Cholera in southern India
Disease focus: Cholera
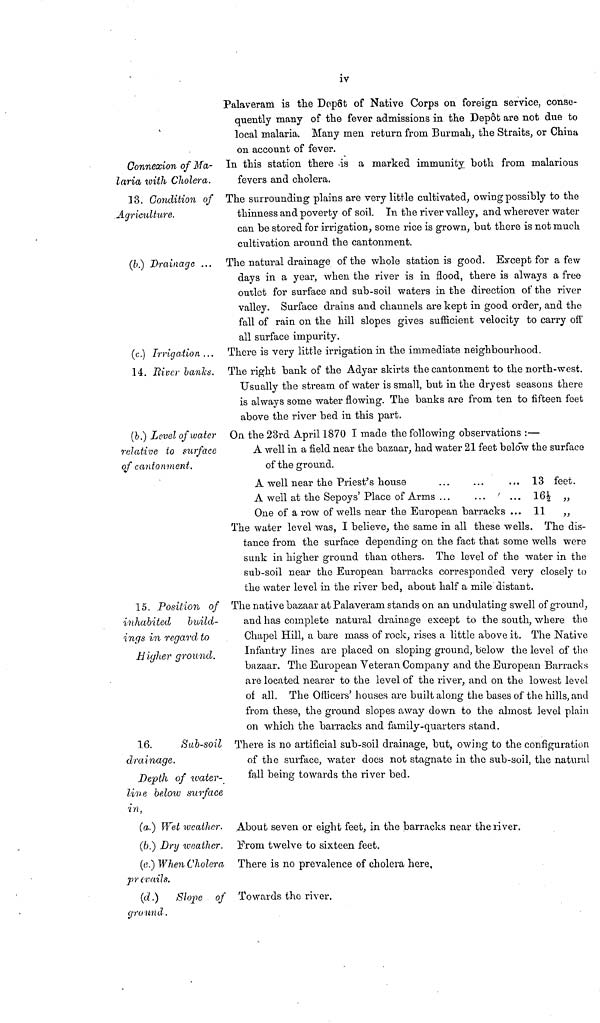
iv
Connexion of Ma-
laria with Cholera.
13. Condition of
Agriculture.
Palaveram is the Depot of Native Corps on foreign service, conse-
quently many of the fever admissions in the Depot are not due to
local malaria. Many men return from Burmah, the Straits, or China
on account of fever.
In this station there is a marked immunity both from malarious
fevers and cholera.
The surrounding plains are very little cultivated, owing possibly to the
thinness and poverty of soil. In the river valley, and wherever water
can be stored for irrigation, some rice is grown, but there is not much
cultivation around the cantonment.
(b.) Drainage ... The natural drainage of the whole station is good. Except for a few
days in a year, when the river is in flood, there is always a free
outlet for surface and sub-soil waters in the direction of the river
valley. Surface drains and channels are kept in good order, and the
fall of rain on the hill slopes gives sufficient velocity to carry off
all surface impurity.
(c.) Irrigation ... There is very little irrigation in the immediate neighbourhood.
14. River banks. The right bank of the Adyar skirts the cantonment to the north-west.
Usually the stream of water is small, but in the dryest seasons there
is always some water flowing. The banks are from ten to fifteen feet
above the river bed in this part.
(b.) Level of water
relative to surface
of cantonment.
On the 23rd April 1870 I made the following observations :—
A well in a field near the bazaar, had water 21 feet below the surface
of the ground.
A well near the Priest's house
A well at the Sepoys' Place of Arms
...
...
...
...
One of a row of wells near the European barracks
...
...
...
13
16>
11
feet.
"
The water level was, I believe, the same in all these wells. The dis-
tance from the surface depending on the fact that some wells were
sunk in higher ground than others. The level of the water in the
sub-soil near the European barracks corresponded very closely to
the water level in the river bed, about half a mile distant.
15. Position of
inhabited
build-
ings in regard to
Higher ground.
The native bazaar at Palaveram stands on an undulating swell of ground,
and has complete natural drainage except to the south, where the
Chapel Hill, a bare mass of rock, rises a little above it. The Native
Infantry lines are placed on sloping ground, below the level of the
bazaar. The European Veteran Company and the European Barracks
are located nearer to the level of the river, and on the lowest level
of all. The Officers' houses are built along the bases of the hills, and
from these, the ground slopes away down to the almost level plain
on which the barracks and family-quarters stand.
16.
Sub-soil
drainage.
Depth of water-
line below surface
in,
There is no artificial sub-soil drainage, but, owing to the configuration
of the surface, water does not stagnate in the sub-soil, the natural
fall being towards the river bed.
(a.) Wet weather. About seven or eight feet, in the barracks near the river.
(b.) Dry weather. From twelve to sixteen feet.
(c.) When Cholera
prevails.
There is no prevalence of cholera here.
(d.)
Slope of
ground.
Towards the river.